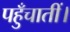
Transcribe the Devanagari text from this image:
पहुँचातीं।